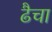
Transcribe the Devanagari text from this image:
ढैचा